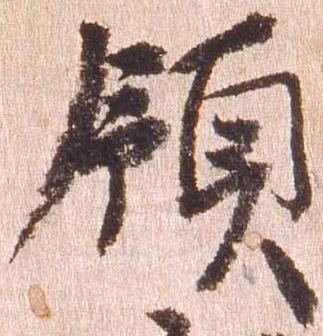
領